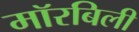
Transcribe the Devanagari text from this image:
मॉरबिली